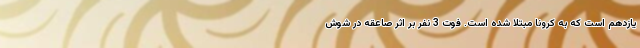
یازدهم است که به کرونا مبتلا شده است. فوت 3 نفر بر اثر صاعقه در شوش